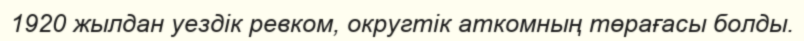
1920 жылдан уездік ревком, округтік аткомның төрағасы болды.